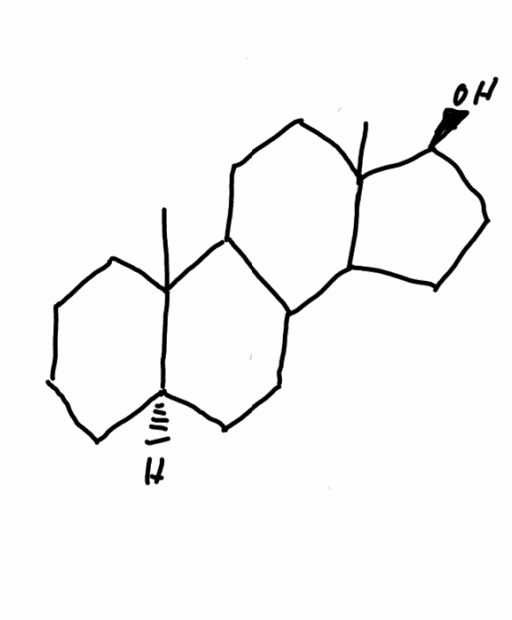
Simplified molecular-input line-entry system (SMILES) notation of the given molecule:
CC12CCCC[C@@H]1CCC3C2CCC4(C3CC[C@@H]4O)C